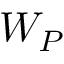
W _ { P }